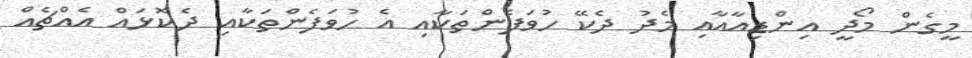
މީގެން މޯދީ އިންޑިއާއާއި މެދު ދެކޭ ހުވަފެންތަކާއި އެ ހުވަފެންތަކާއި ދެކޮޅައް އެއްޗެއް